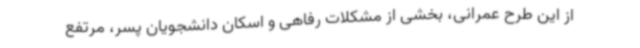
از این طرح عمرانی، بخشی از مشکلات رفاهی و اسکان دانشجویان پسر، مرتفع